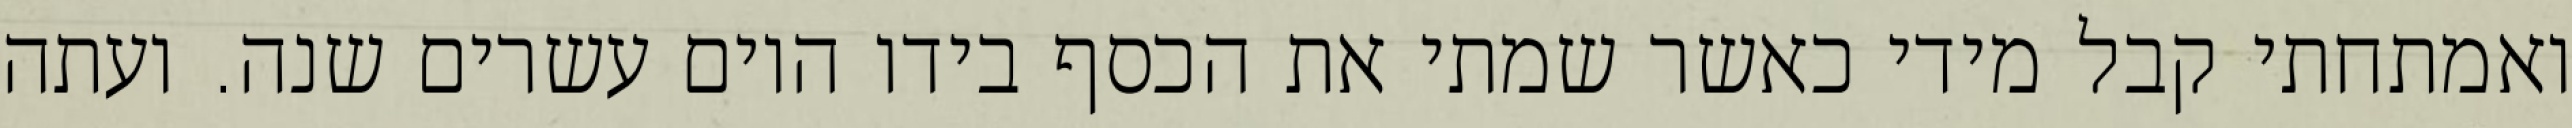
ואמתחתי קבל מידי כאשר שמתי את הכסף בידו היום עשרים שנה. ועתה